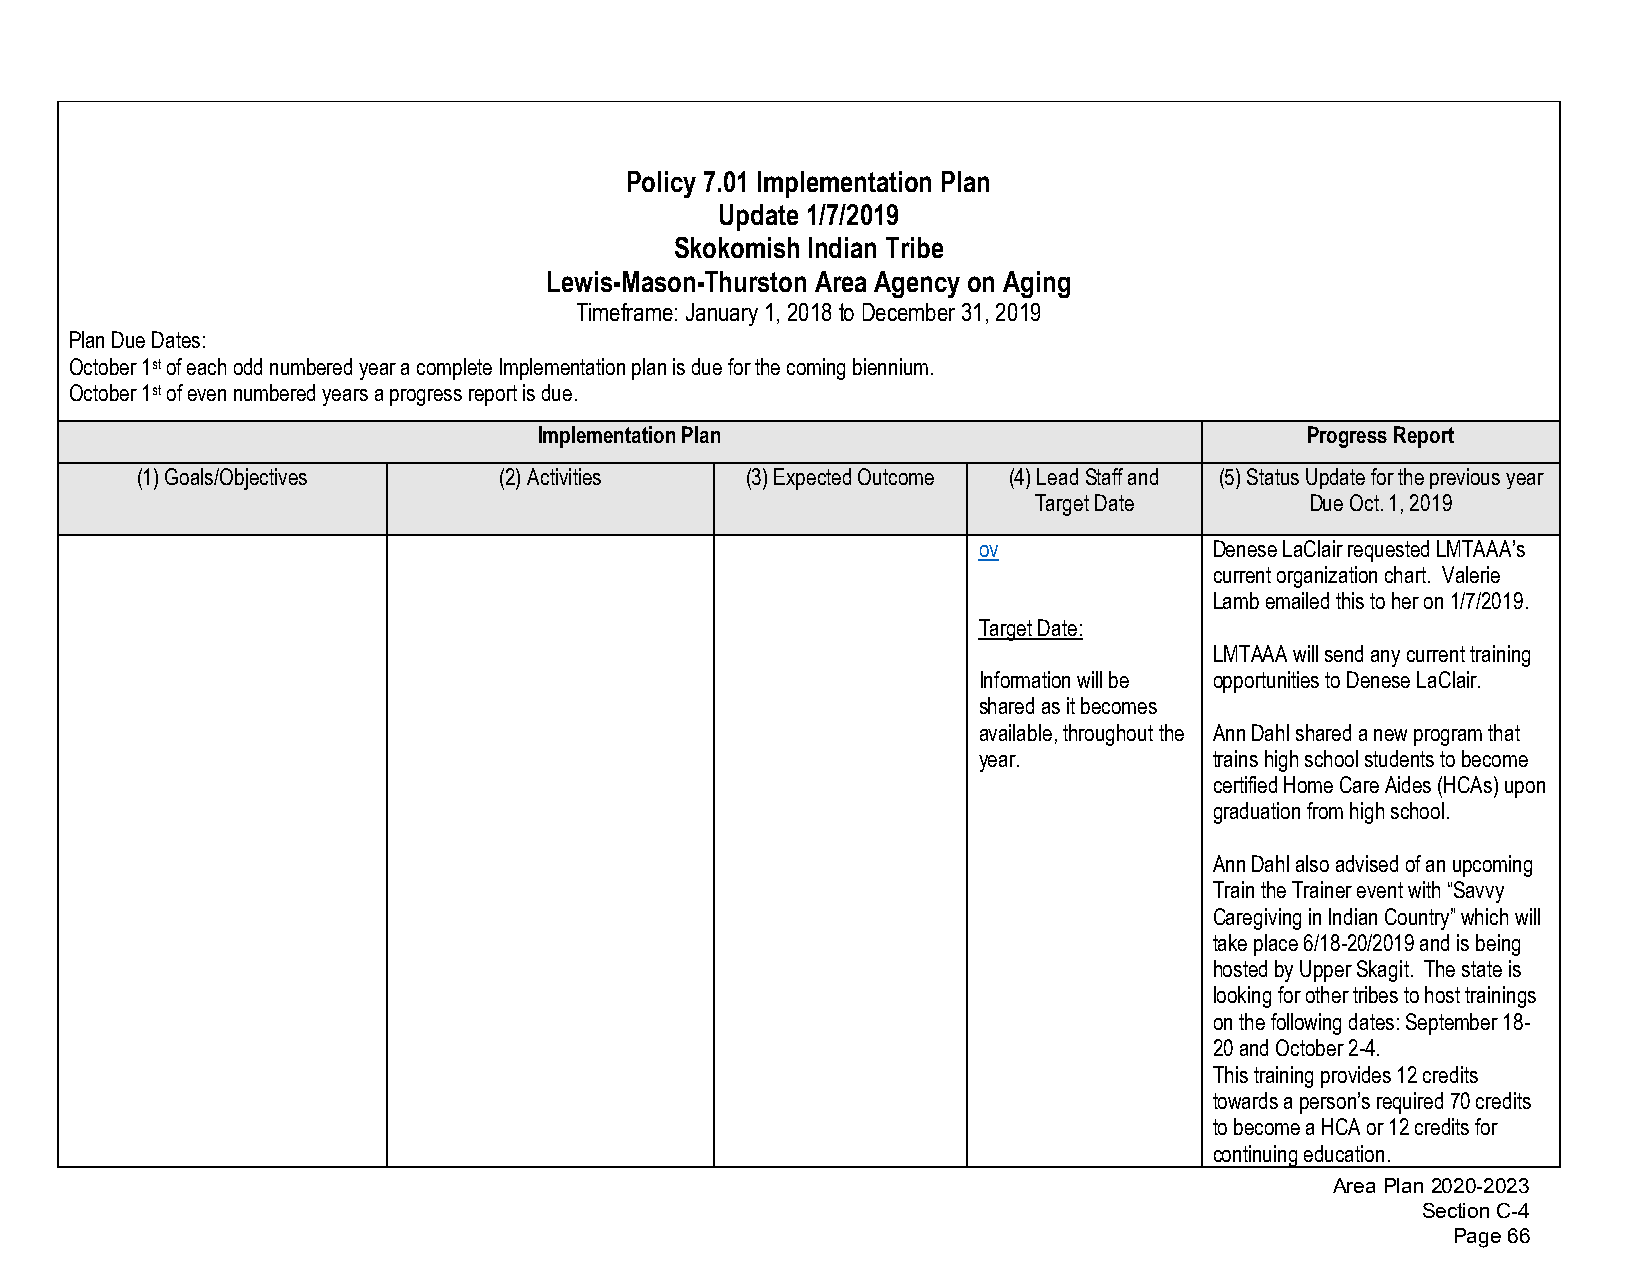
Policy 7.01 Implementation Plan
 Update 1/7/2019
 Skokomish Indian Tribe
 Lewis-Mason-Thurston Area Agency on Aging
 Timeframe: January 1, 2018 to December 31, 2019
 Plan Due Dates:
 October 1st of each odd numbered year a complete Implementation plan is due for the coming biennium.
 October 1st of even numbered years a progress report is due.
 Implementation Plan                               Progress Report
 (1)Goals/Objectives     (2)Activities   (3)Expected Outcome (4)Lead Staff and (5)Status Update for the previous year
 Target Date        Due Oct. 1, 2019
 ov             Denese LaClair requested LMTAAA’s
 current organization chart. Valerie
 Lamb emailed this to her on 1/7/2019.
 Target Date:
 LMTAAA will send any current training
 Information will be opportunities to Denese LaClair.
 shared as it becomes
 available, throughout the Ann Dahl shared a new program that
 year.          trains high school students to become
 certified Home Care Aides (HCAs) upon
 graduation from high school.
 Ann Dahl also advised of an upcoming
 Train the Trainer event with “Savvy
 Caregiving in Indian Country” which will
 take place 6/18-20/2019 and is being
 hosted by Upper Skagit. The state is
 looking for other tribes to host trainings
 on the following dates: September 18-
 20 and October 2-4.
 This training provides 12 credits
 towards a person’s required 70 credits
 to become a HCA or 12 credits for
 continuing education.
 Area Plan 2020-2023
 Section C-4
 Page 66